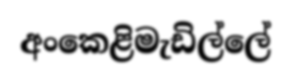
අංකෙළිමැඩිල්ලේ